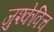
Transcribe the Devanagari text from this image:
जुश्केविच